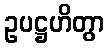
ဥပဋ္ဌဟိတွာ